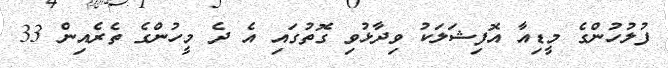
ފުލުހުންގެ މީޑިއާ އޮފިޝަލަކު ވިދާޅުވި ގޮތުގައި އެ ދެ މީހުންގެ ތެރެއިން 33